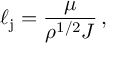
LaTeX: \ell _ { \mathrm { j } } = \frac { \mu } { \rho ^ { 1 / 2 } J } \, ,